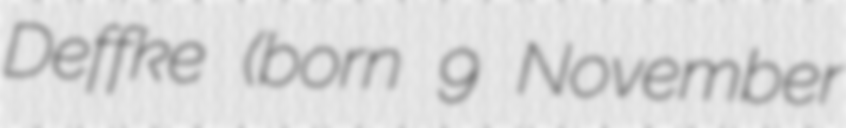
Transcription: Deffke (born 9 November